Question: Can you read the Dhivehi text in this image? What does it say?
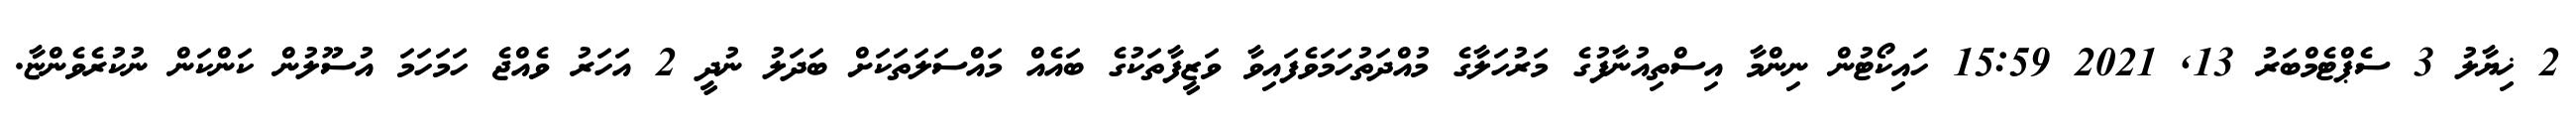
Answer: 2 ޚިޔާލު 3 ސެޕްޓެމްބަރު 13, 2021 15:59 ހައިކޯޓުން ނިންމާ އިސްތިއުނާފުގެ މަރުހަލާގެ މުއްދަތުހަމަވެފައިވާ ވަޒީފާތަކުގެ ބައެއް މައްސަލަތަކަށް ބަދަލު ނުދީ 2 އަހަރު ވެއްޖެ ހަމަހަމަ އުސޫލުން ކަންކަން ނުކުރެވެންޏާ.